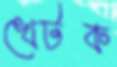
খেটক